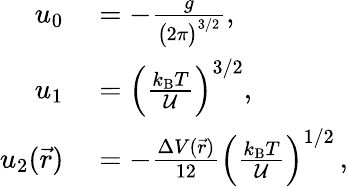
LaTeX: \begin{array}{rl}{u_{0}}&{{}=-\frac{g}{\big(2\pi\big)^{3/2}},}\\ {u_{1}}&{{}=\left(\frac{k_{\mathrm{B}}T}{{\mathcal U}}\right)^{3/2},}\\ {u_{2}(\vec{r})}&{{}=-\frac{\Delta V(\vec{r})}{12}\left(\frac{k_{\mathrm{B}}T}{{\mathcal U}}\right)^{1/2}\, ,}\end{array}